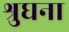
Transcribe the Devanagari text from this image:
श्रुघना